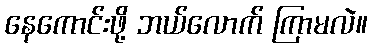
နေကောင်းဖို့ ဘယ်လောက် ကြာမလဲ။